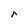
Character: r